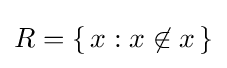
R=\left\{\,x:x\not \in x\,\right\}